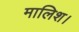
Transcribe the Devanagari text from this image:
मालिश।